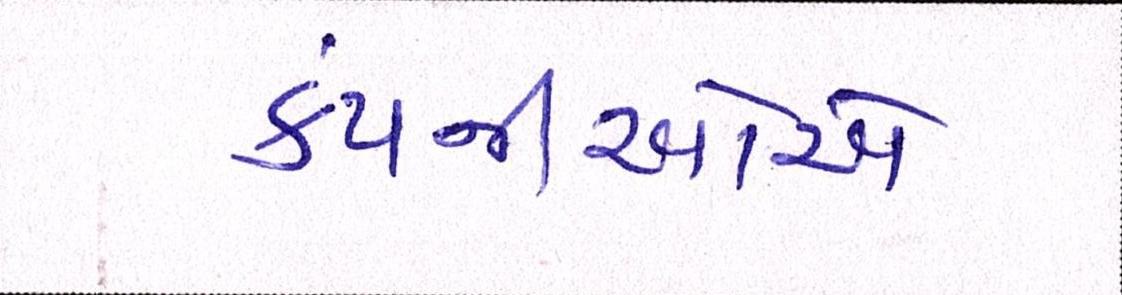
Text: કંપનીઓએ